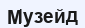
Музейд